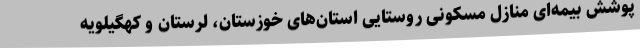
پوشش بیمه‌ای منازل مسکونی روستایی استان‌های خوزستان، لرستان و کهگیلویه